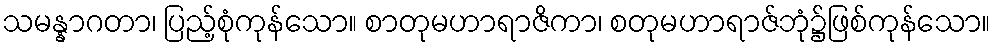
သမန္နာဂတာ၊ ပြည့်စုံကုန်သော။ စာတုမဟာရာဇိကာ၊ စတုမဟာရာဇ်ဘုံ၌ဖြစ်ကုန်သော။